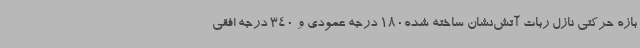
بازه حرکتی نازل ربات آتش‌نشان ساخته شده180 درجه عمودی و 340 درجه افقی